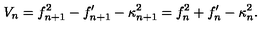
V _ { n } = f _ { n + 1 } ^ { 2 } - f _ { n + 1 } ^ { \prime } - \kappa _ { n + 1 } ^ { 2 } = f _ { n } ^ { 2 } + f _ { n } ^ { \prime } - \kappa _ { n } ^ { 2 } .